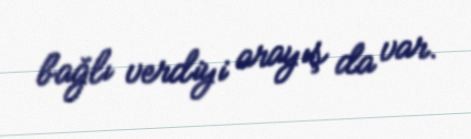
bağlı verdiyi arayış da var.